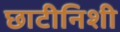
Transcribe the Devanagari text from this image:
छाटीनिशी